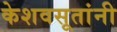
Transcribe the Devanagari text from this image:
केशवसूतांनी